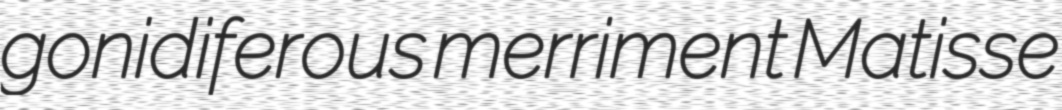
gonidiferous merriment Matisse